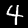
Label: 4